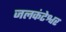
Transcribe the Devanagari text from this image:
जलकंटेश्वर